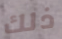
ذلك